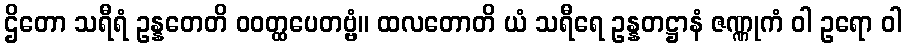
ဌိတော သရီရံ ဥန္နတေတိ ဝဝတ္ထပေတဗ္ဗံ။ ထလတောတိ ယံ သရီရေ ဥန္နတဋ္ဌာနံ ဇဏ္ဏုကံ ဝါ ဥရော ဝါ